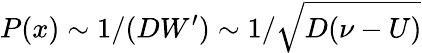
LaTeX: P(x)\sim 1/(DW^{\prime})\sim 1/\sqrt{D(\nu-U)}